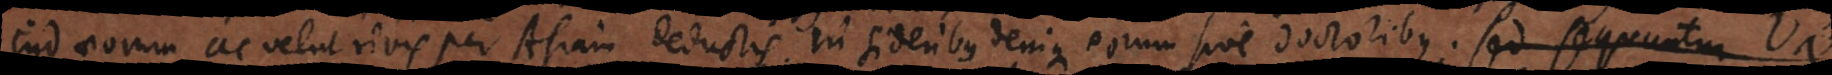
Judaeorum ac velut rivis per Asiam deductis. In sideribus denique eorum sive doctoribus. Sed sequuntur Vae